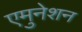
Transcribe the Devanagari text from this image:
एमुनेशन